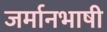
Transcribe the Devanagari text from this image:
जर्मानभाषी